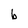
Character: b